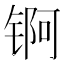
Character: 锕